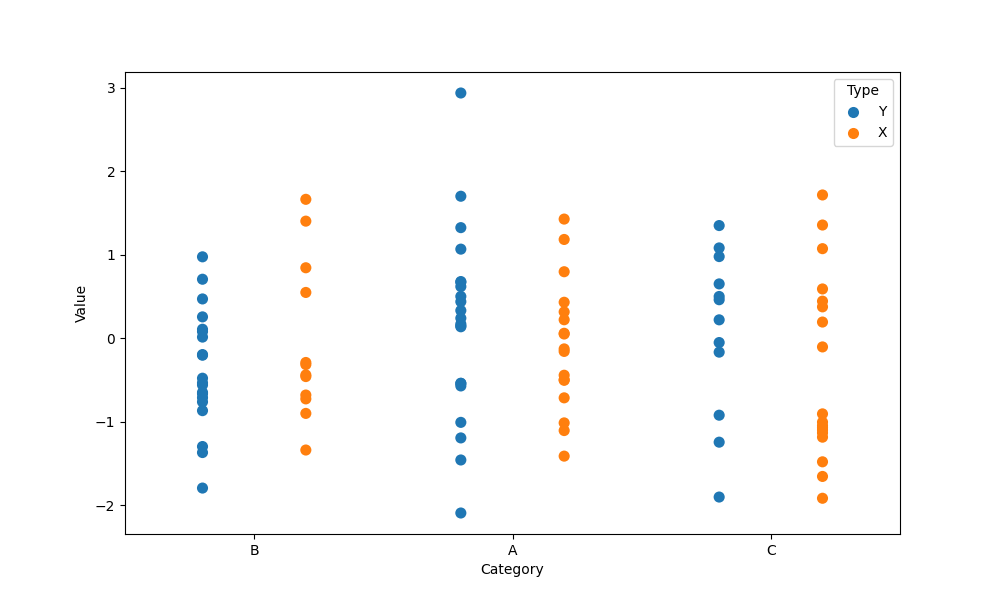
python, seaborn, stripplot, jitter=False, dodge=True, alpha=1.0, size=8